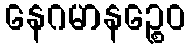
နေဂမာနဉ္စေဝ